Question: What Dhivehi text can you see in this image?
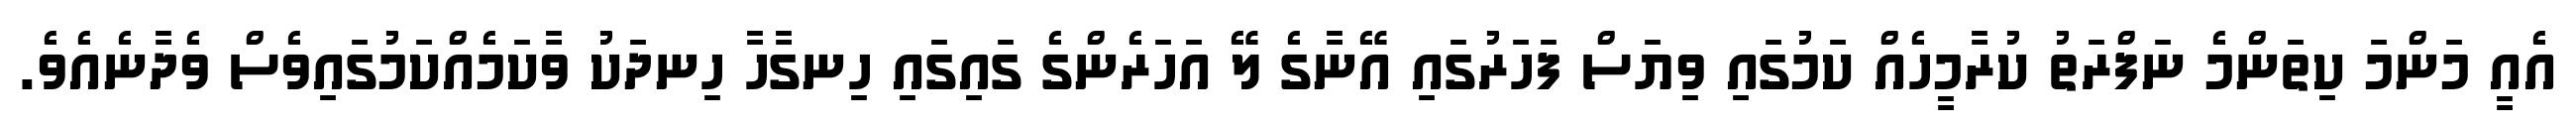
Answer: އެއީ މަންމަ ކިތަންމެ ނަފްރަތު ކުރާމީހެއް ކަމުގައި ވިޔަސް ފަހަރުގައި އޭނާގެ ލޭ އަހަރެންގެ ގައިގައި ހިނގާހާ ހިނދަކު ވާކަމެއްކަމުގައިވެސް ވެދާނެއެވެ.